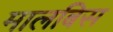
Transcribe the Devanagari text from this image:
मालबिस